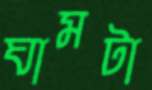
ঘামটা